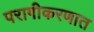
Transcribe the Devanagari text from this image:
परागीकरणात